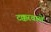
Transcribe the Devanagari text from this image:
टक्करवाले